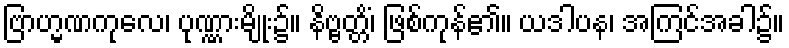
ဗြာဟ္မဏကုလေ၊ ပုဏ္ဏားမျိုး၌။ နိဗ္ဗတ္တိံ၊ ဖြစ်ကုန်၏။ ယဒါပန၊ အကြင်အခါ၌။